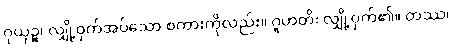
ဂုယှဉ္စ၊ လျှို့ဝှက်အပ်သော စကားကိုလည်း။ ဂူဟတိ၊ လျှို့ဝှက်၏။ တဿ၊